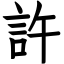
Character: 許